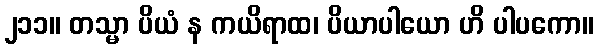
၂၁၁။ တသ္မာ ပိယံ န ကယိရာထ၊ ပိယာပါယော ဟိ ပါပကော။